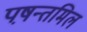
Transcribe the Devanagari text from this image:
पष़न्तमिल